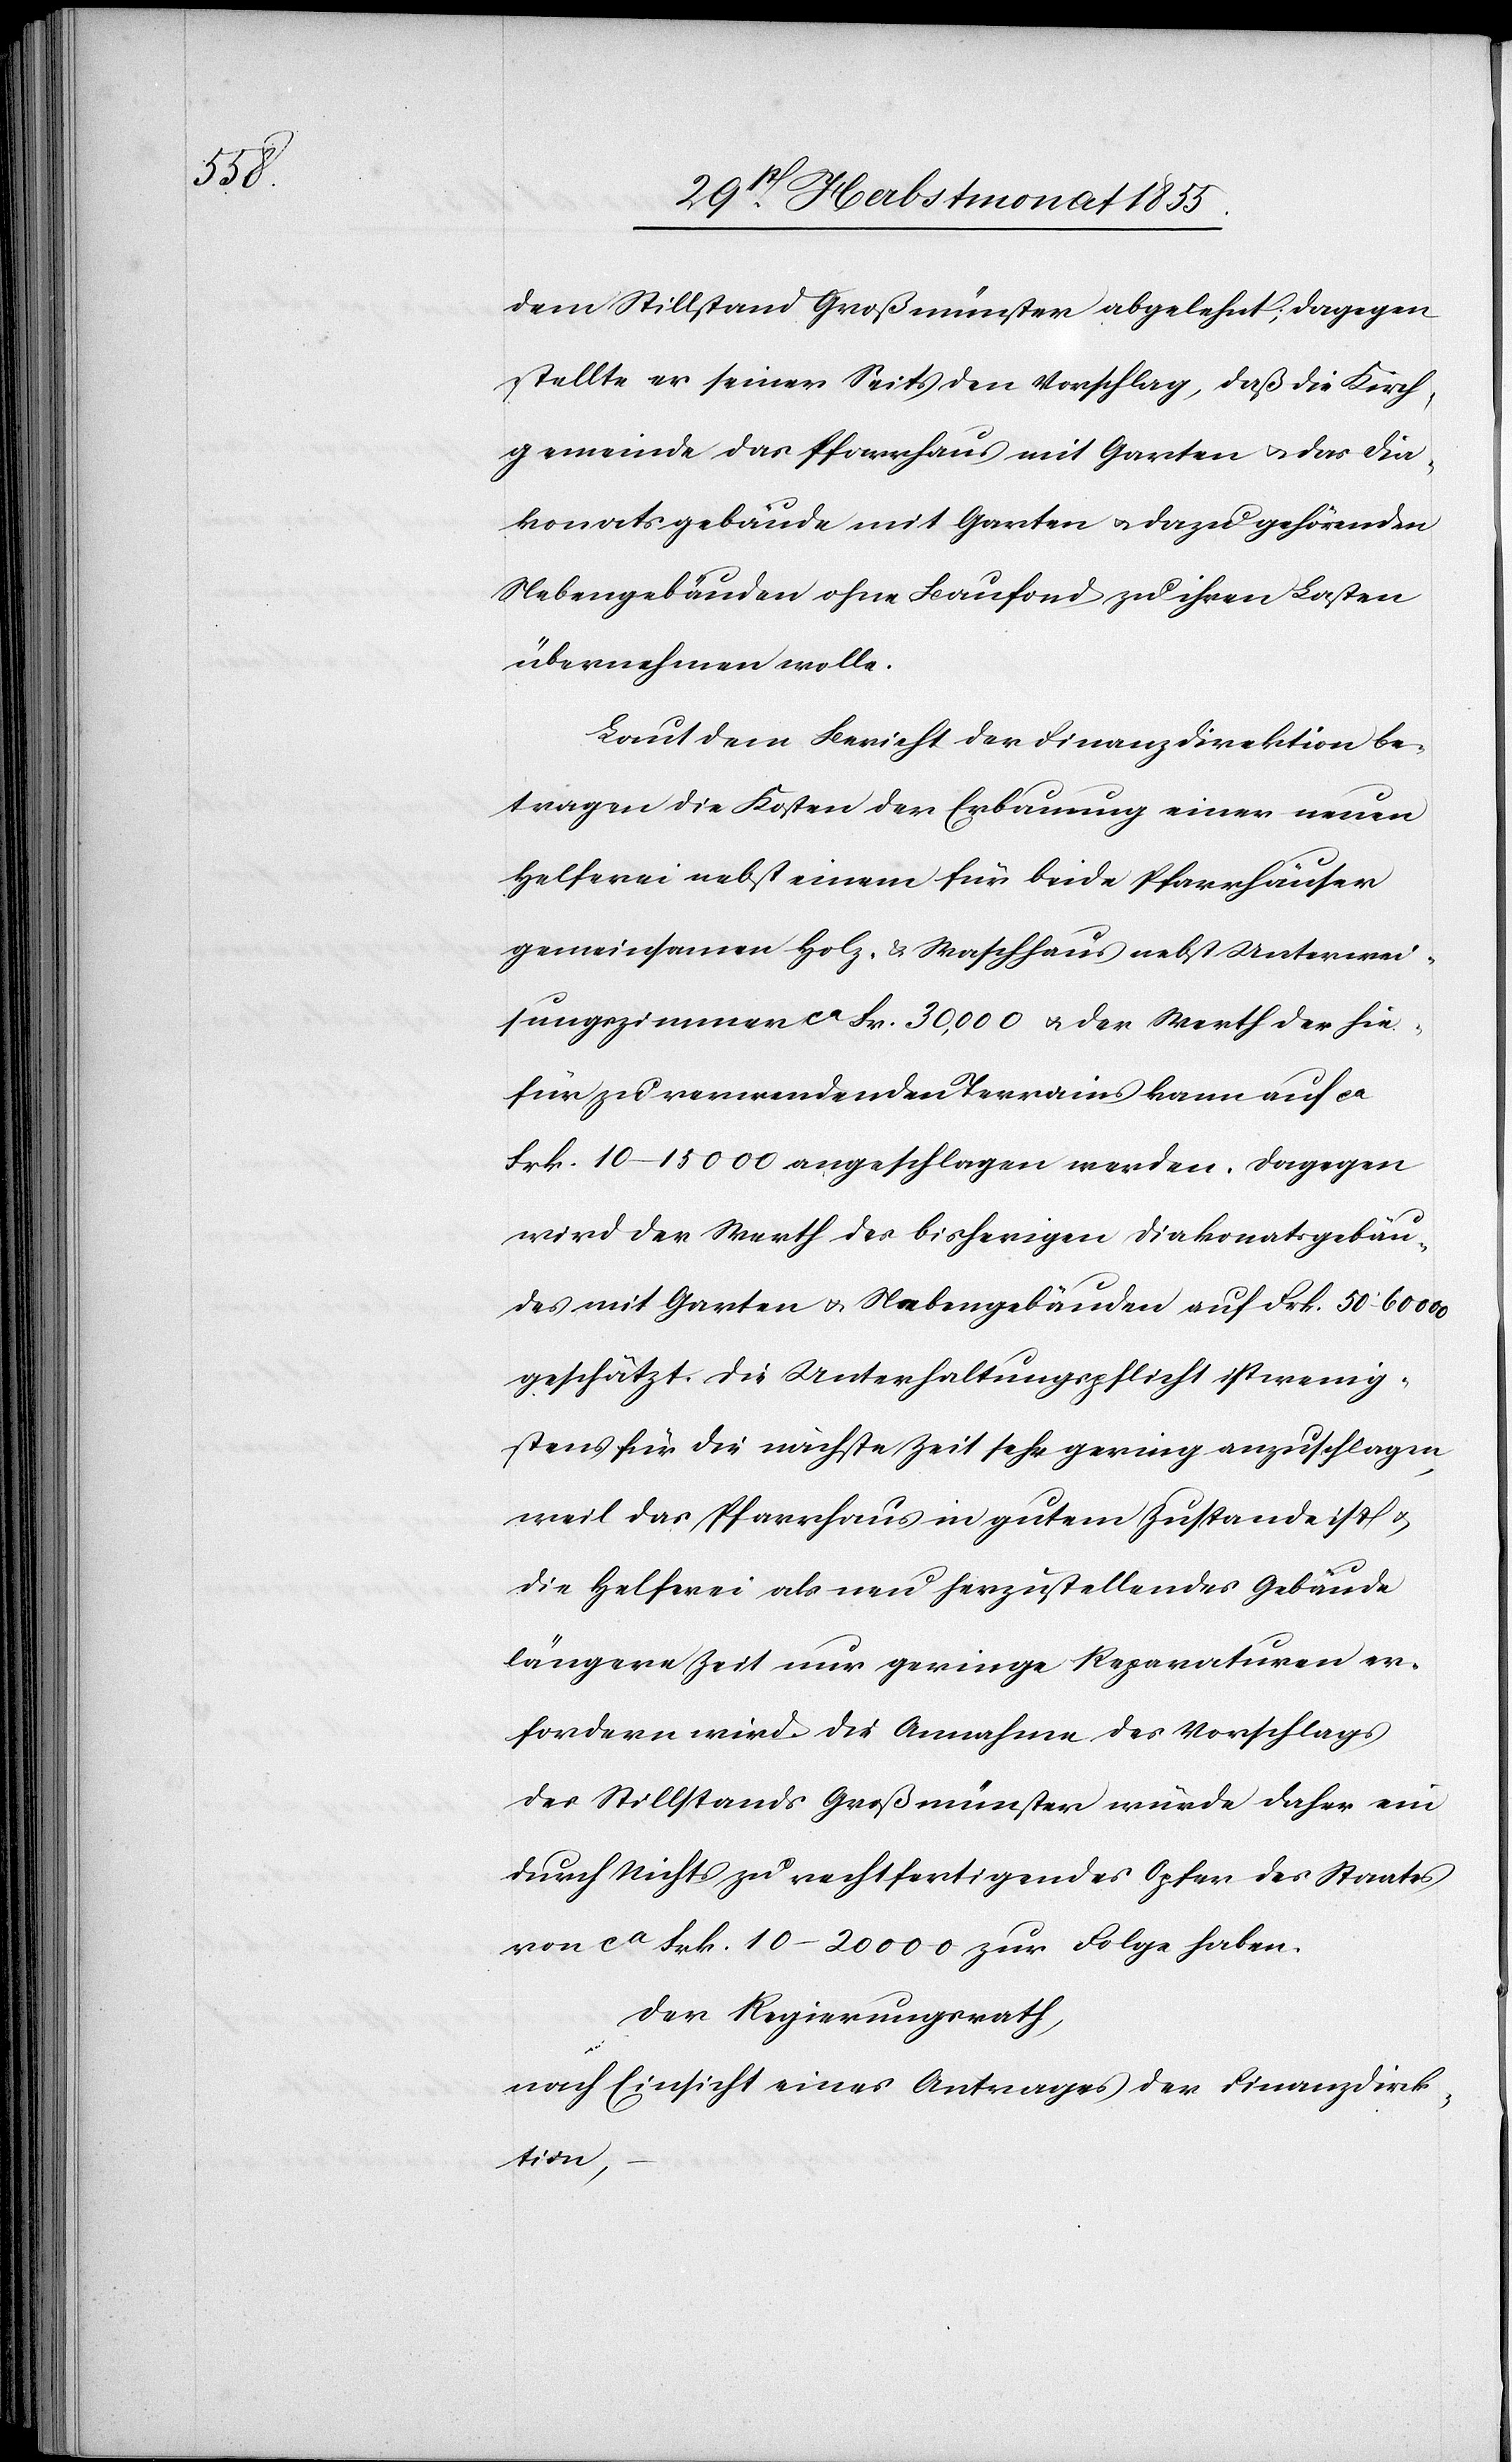
dem Stillstand Großmünster abgelehnt; dagegen
stellte er seiner Seits den Vorschlag, daß die Kirch¬
gemeinde das Pfarrhaus mit Garten & das Dia¬
konatsgebäude mit Garten & dazu gehörenden
Nebengebäuden ohne Baufond zu ihren Lasten
übernehmen wolle.
Laut dem Bericht der Finanzdirektion be¬
tragen die Kosten der Erbauung einer neuen
Helferei nebst einem für beide Pfarrhäuser
gemeinsamen Holz- & Waschhaus nebst Unterwei¬
sungszimmer ca Fr. 30,000 & der Werth der hie¬
für zu verwendenden Terrains kann auf ca
Frk. 10–15 000 angeschlagen werden. Dagegen
wird der Werth des bisherigen Diakonatsgebäu¬
des mit Garten & Nebengebäuden auf Frk. 50–60 000
geschätzt. Die Unterhaltungspflicht ist wenig¬
stens für die nächste Zeit sehr gering anzuschlagen,
weil das Pfarrhaus in gutem Zustande ist &
die Helferei als neu herzustellendes Gebäude
längere Zeit nur geringe Reparaturen er¬
fordern wird. Die Annahme des Vorschlags
des Stillstands Großmünster würde daher ein
durch Nichts zu rechtfertigendes Opfer des Staates
von ca Frk. 10–20 000 zur Folge haben.
Der Regierungsrath,
nach Einsicht eines Antrages der Finanzdirek¬
tion,